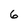
Character: 6